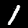
Label: 1